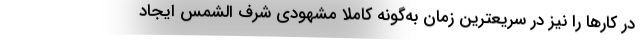
در کارها را نیز در سریعترین زمان به‌گونه کاملا مشهودی شرف الشمس ایجاد